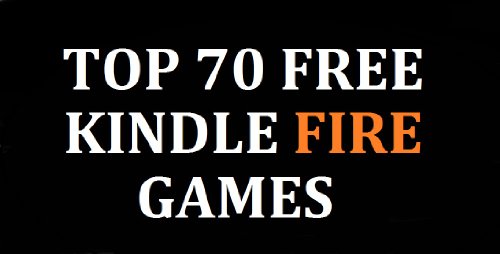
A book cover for TOP 70 FREE KINDLE GAMES PLUS 20 MUST-HAVE GAMES AND APPS; Suzanne Roberts; Computers & Technology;